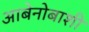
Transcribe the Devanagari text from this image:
आबेनोबाशी